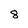
Character: 8